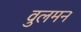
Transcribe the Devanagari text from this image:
वुलमन